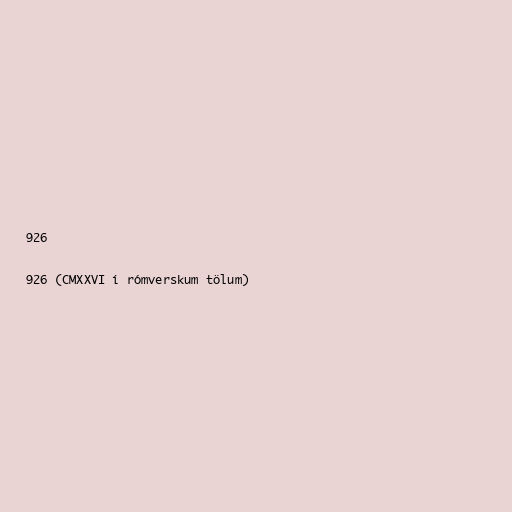
926

926 (CMXXVI í rómverskum tölum)